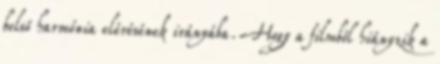
belső harmónia elérésének irányába. Hogy a filmből hiányzik a